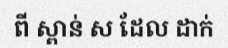
ពី ស្ពាន់ ស ដែល ដាក់